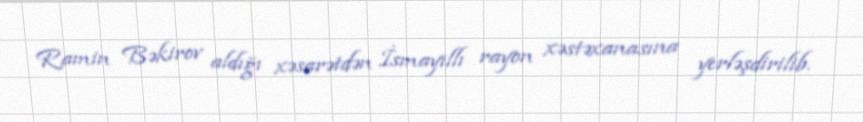
Ramin Bəkirov aldığı xəsarətdən İsmayıllı rayon xəstəxanasına yerləşdirilib.